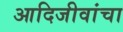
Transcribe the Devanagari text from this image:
आदिजीवांचा